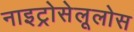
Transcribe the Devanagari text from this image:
नाइट्रोसेलूलोस